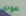
عودى